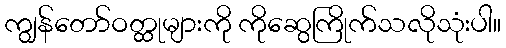
ကျွန်တော်ဝတ္ထုများကို ကိုဆွေကြိုက်သလိုသုံးပါ။